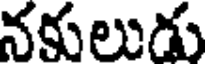
నకులుడు